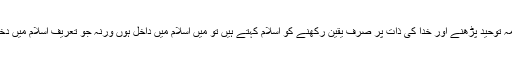
ہاں تو اور کیا، اگر آپ پیدائشی کلمہ توحید پڑھنے اور خدا کی ذات پر صرف یقین رکھنے کو اسلام کہتے ہیں تو میں اسلام میں داخل ہوں ورنہ جو تعریف اسلام میں دخول کی مولوی صاحب کرتے ہیں۔